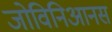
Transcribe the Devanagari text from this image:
जोविनिआनस